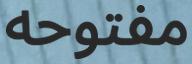
مفتوحە